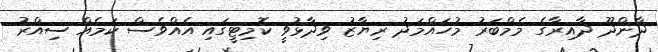
ދާންދޫ ދާއިރާގެ މެމްބަރު މުހައްމަދު ރިޔާޒު ވިދާޅުވީ ކޮމިޓީގައި އެއްވެސް ކަމެއް ސިއްރު